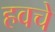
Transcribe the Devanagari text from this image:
हवचे